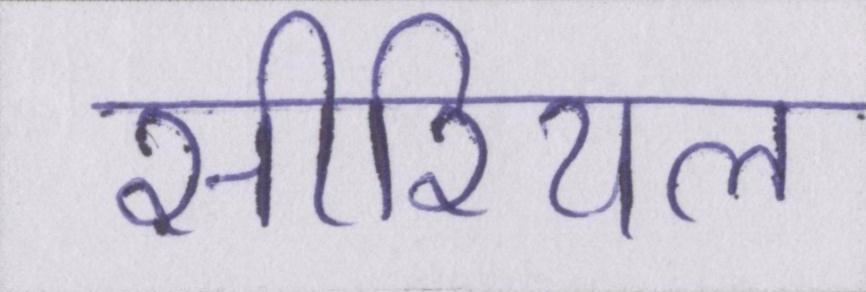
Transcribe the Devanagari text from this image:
सीरियल